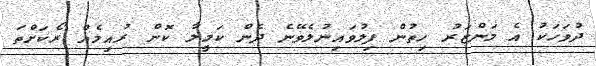
ދުވަހަކު އެ މަންޒަރު ހިތުން ފިލުވައިނުލެވޭނެ ދެން ކަމީލާ ކޮން ރުއިމެއް ރޯކަށްތަ